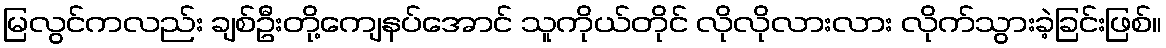
မြလွင်ကလည်း ချစ်ဦးတို့ကျေနပ်အောင် သူကိုယ်တိုင် လိုလိုလားလား လိုက်သွားခဲ့ခြင်းဖြစ်။